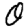
Digit: 0